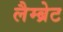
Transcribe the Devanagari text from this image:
लैम्ब्रेट